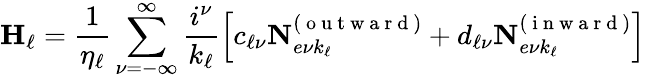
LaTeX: \mathbf{H}_{\ell}=\frac{1}{\eta_{\ell}}\sum_{\nu=-\infty}^{\infty}\frac{i^{\nu}}{k_{\ell}}\left[c_{\ell\nu}\mathbf{N}_{e\nu k_{\ell}}^{(\mathrm{~o~u~t~w~a~r~d~})}+d_{\ell\nu}\mathbf{N}_{e\nu k_{\ell}}^{(\mathrm{~i~n~w~a~r~d~})}\right]